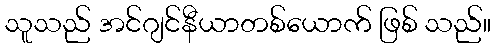
သူသည် အင်ဂျင်နီယာတစ်ယောက် ဖြစ် သည်။